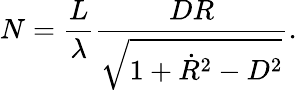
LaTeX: N=\frac{L}{\lambda}\frac{DR}{\sqrt{1+\dot{R}^{2}-D^{2}}}.